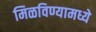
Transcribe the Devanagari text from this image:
मिळविण्यामध्ये